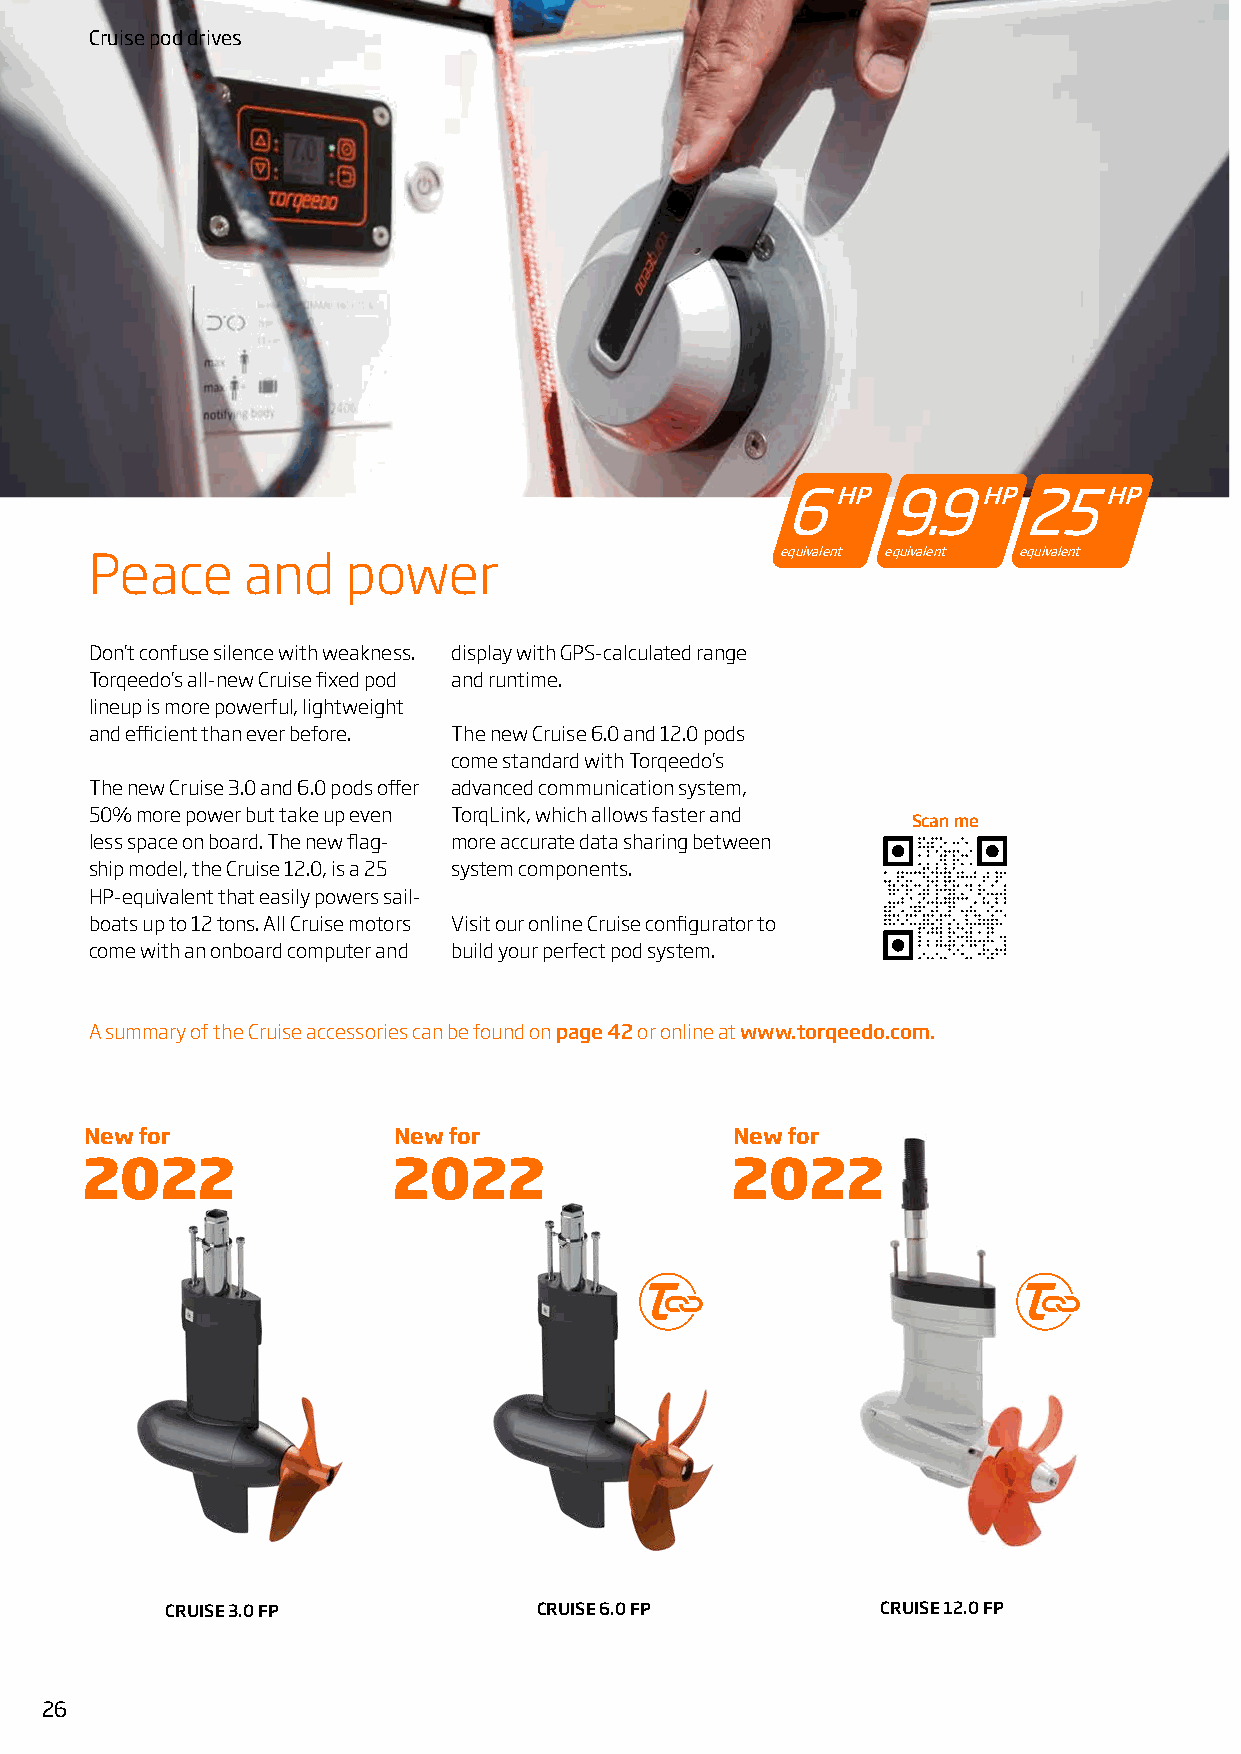
Cruise pod drives
 6HP    9.9HP25HP
 equivalent equivalent equivalent
 Peace     and    power
 Don’t confuse silence with weakness. display with GPS-calculated range
 Torqeedo’s all-new Cruise fixed pod and runtime.
 lineup is more powerful, lightweight
 and efficient than ever before. The new Cruise 6.0 and 12.0 pods
 come standard with Torqeedo’s
 The new Cruise 3.0 and 6.0 pods offer advanced communication system,
 50% more power but take up even TorqLink, which allows faster and
 Scan me
 less space on board. The new flag- more accurate data sharing between
 ship model, the Cruise 12.0, is a 25 system components.
 HP-equivalent that easily powers sail-
 boats up to 12 tons. All Cruise motors Visit our online Cruise configurator to
 come with an onboard computer and build your perfect pod system.
 A summary of the Cruise accessories can be found on page 42 or online at www.torqeedo.com.
 New for             New for               New for
 2022                 2022                  2022
 CRUISE 3.0 FP            CRUISE 6.0 FP         CRUISE 12.0 FP
 26